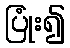
ပြုံး၍